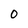
Character: 0